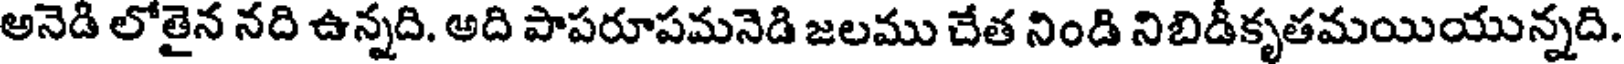
అనెడి లోతైన నది ఉన్నది. అది పాపరూపమనెడి జలము చేత నిండి నిబిడీకృతమయియున్నది.